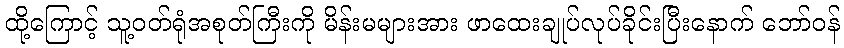
ထို့ကြောင့် သူ့ဝတ်ရုံအစုတ်ကြီးကို မိန်းမများအား ဖာထေးချုပ်လုပ်ခိုင်းပြီးနောက် ဘော်ဝန်